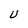
Character: U